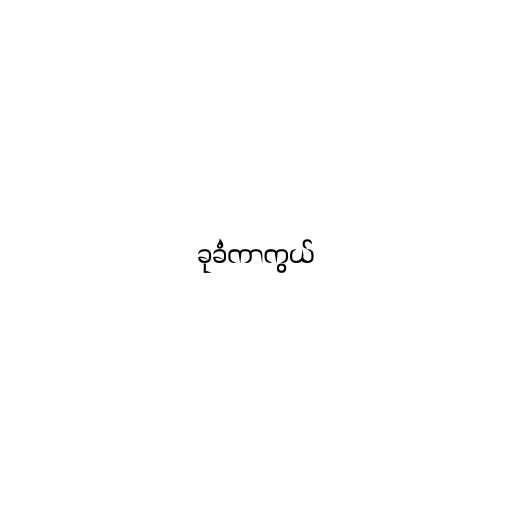
ခုခံကာကွယ်